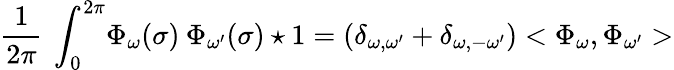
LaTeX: \frac{1}{2\pi}\: \int_{0}^{2\pi}\! \Phi_{\omega}(\sigma)\: \Phi_{\omega^{\prime}}(\sigma)\star 1=(\delta_{\omega,\omega^{\prime}}+\delta_{\omega,-\omega^{\prime}})<\Phi_{\omega},\Phi_{\omega^{\prime}}>